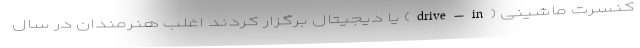
کنسرت ماشینی (drive-in) یا دیجیتال برگزار کردند اغلب هنرمندان در سال